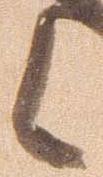
候